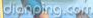
dianping.com